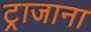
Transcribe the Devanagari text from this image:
ट्राजाना